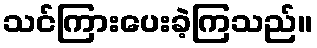
သင်ကြားပေးခဲ့ကြသည်။